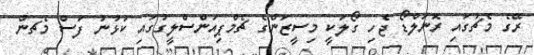
ރޭގެ މެޗުގައި ރޮނަލްޑޯ ޖެހި ގޯލަކީ މިސީޒަންގެ ޗެމްޕިއަންސްލީގުގައި ކުޅުނު ފަސް މެޗން